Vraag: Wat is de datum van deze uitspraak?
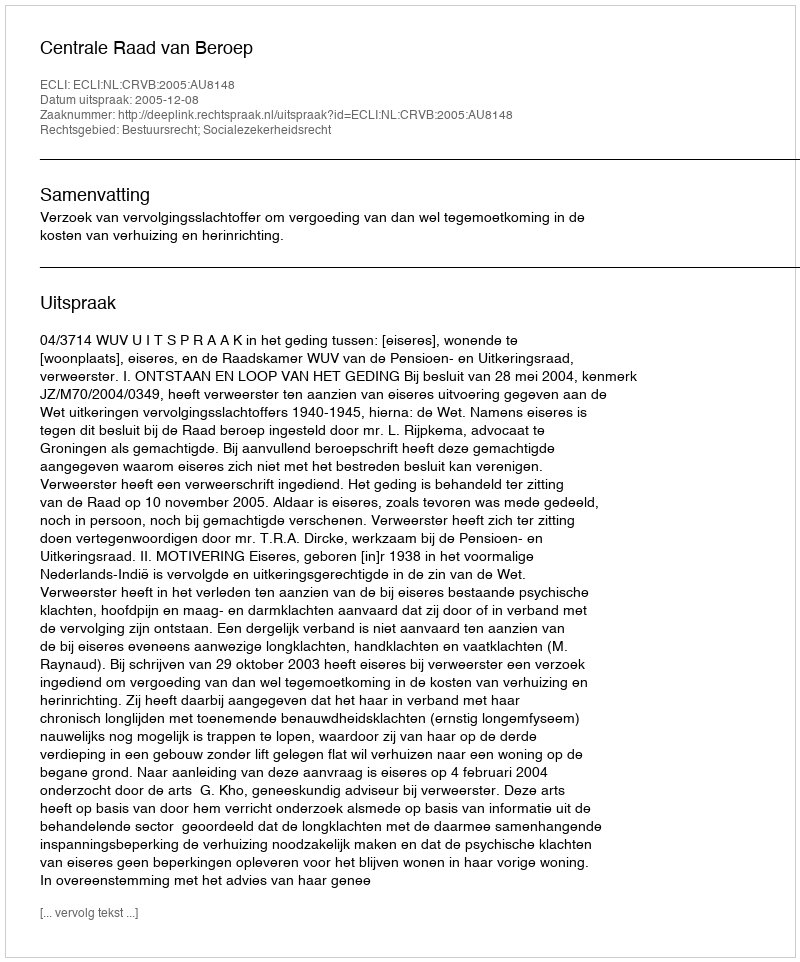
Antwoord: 2005-12-08